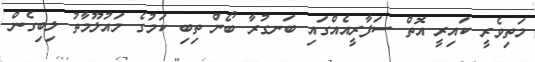
މަތިވެރީ ކައިރީ އޮތް ސަފާރީއެއްގައި ބަނގުރާ ބޯން ތިބި ކަމުގެ މައުލޫމާތު ލިބިގެން